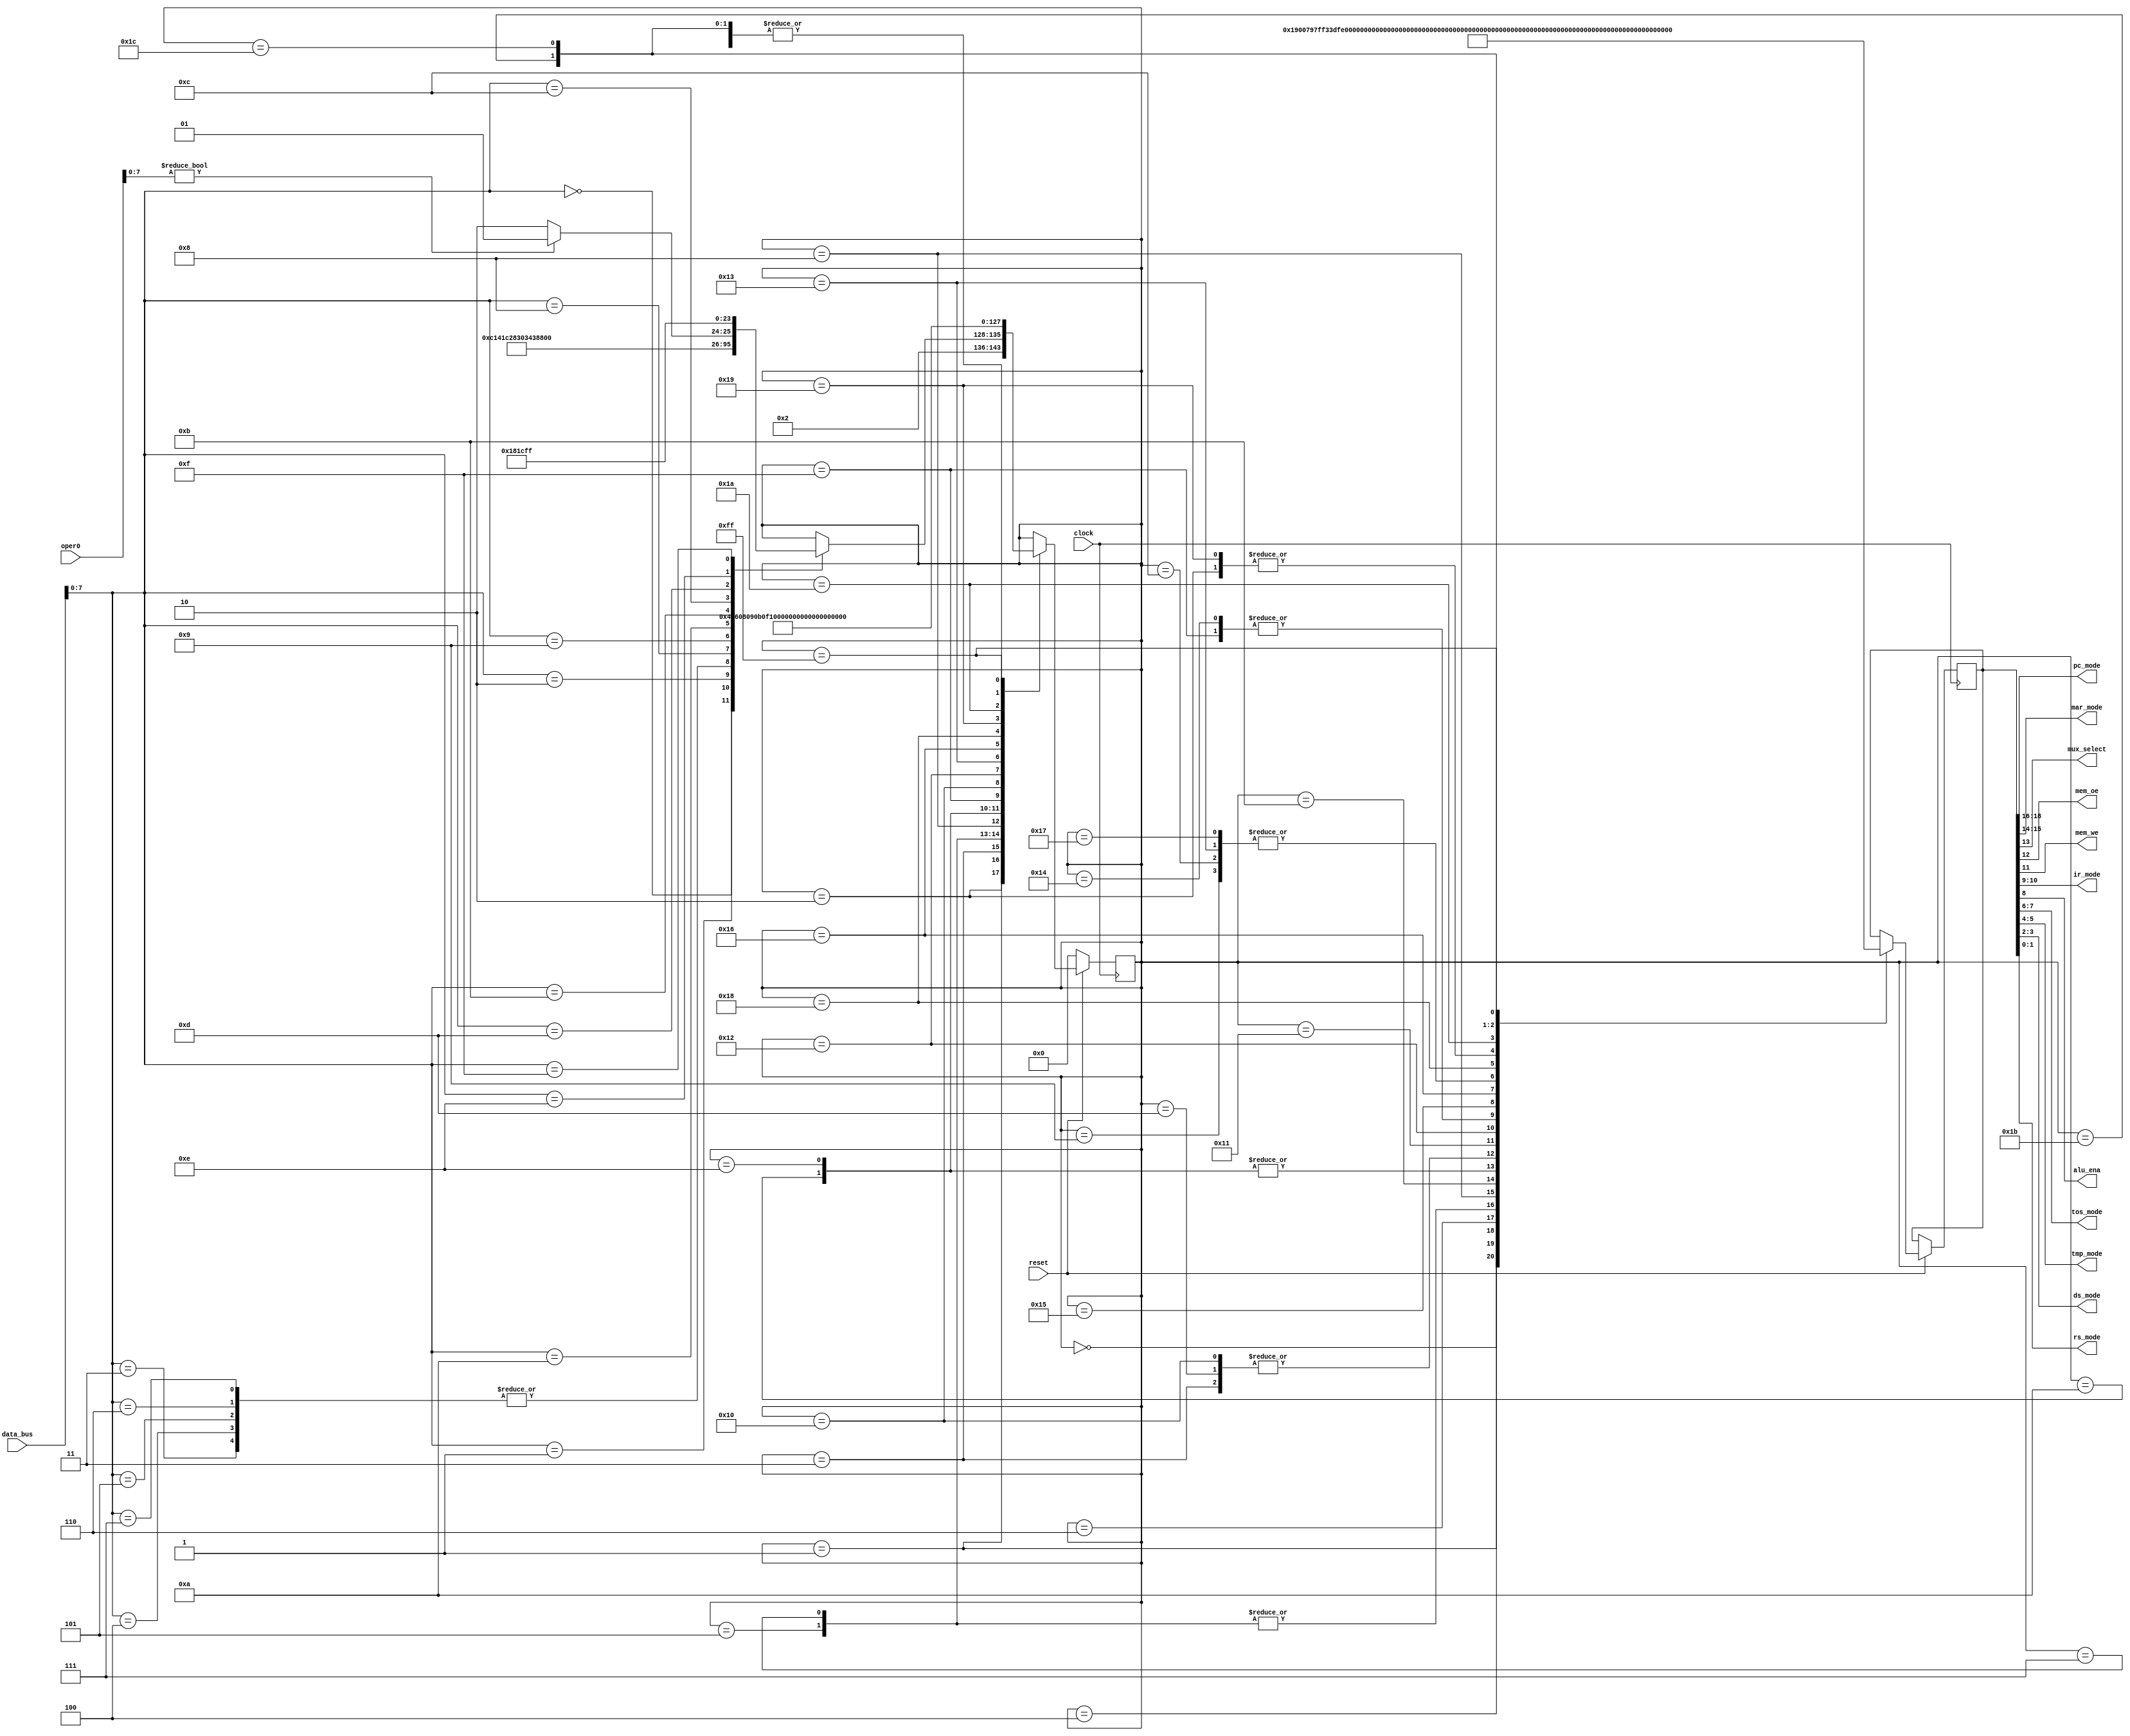
// Control Unit
// Control unit is a state limiting device (FSM) that generates signals to control modules. to work properly (see Fig.)
// At the rising edge of the clock signal, if reset = 0, resets the state of the FSM to its initial state, the opcode line.
// is dragged from IR because the FSM needs to know that the CPU is executing the instruction. (instruction) what to generate a signal
// correct control signal sent to control various modules It's on the right side of the control unit. It's not usually written.
// control unit into the data path because it will cause the wires to become tangled and unrecognizable.
//       
//                ---------------  3
//                |             |--/-> pc_mode 
// Clock Reset->  |             |  2
//      Reset->   |             |--/-> mar_mode 
//                |             |
//                |             |---> mux_select
//                |             |  2
//                |             |--/-> mem_oe, mem_we 
//                |             |  2
//           8    |             |--/-> ir_mode
//   opcode -/->  |             |--->  alu_ena
//                |             |  2
//                |             |--/-> tos_mode
//                |             |  2
//                |             |--/-> tmp_mode
//                |             |  2
//                |             |--/-> ds_mode
//                |             |  2
//                |             |--/-> rs_mode
//                ---------------  3
//
// Fig. Control unit of CPU stack
// In Verilog language, it is written as follows:

module control(clock, reset, data_bus, oper0, pc_mode, mar_mode, mux_select, mem_oe,
               mem_we, ir_mode, alu_ena, tos_mode, tmp_mode, ds_mode, rs_mode);

  input clock;
  input reset;
  input [31:0] data_bus;     // Modified to 32 bits
  input [31:0] oper0;        // Modified to 32 bits
  output [2:0] pc_mode;
  output [1:0] mar_mode;
  output mux_select;
  output mem_oe;
  output mem_we;
  output [1:0] ir_mode;
  output alu_ena;
  output [1:0] tos_mode;
  output [1:0] tmp_mode;
  output [1:0] ds_mode;
  output [1:0] rs_mode;

  reg [7:0] state;
  reg [18:0] cont;

  // Assigning to 32-bit wide output signals
  assign {pc_mode[2:0], mar_mode[1:0], mux_select, mem_oe, mem_we, ir_mode[1:0],
          alu_ena, tos_mode[1:0], tmp_mode[1:0], ds_mode[1:0], rs_mode[1:0]} = cont[18:0];

  always @(posedge clock) begin
    if (reset == 1'b0) begin
      state[7:0] = 8'b0000_0000;
    end else begin
      case (state[7:0])
        8'b0000_0000 : // reset
          begin
            cont[18:0] = 19'b000_00_0_1_1_00_1_00_00_00_00;
            state[7:0] = 8'b0000_0001;
          end
        8'b0000_0001 : // fetch
          begin
            cont[18:0] = 19'b011_11_0_0_1_01_1_11_11_11_11;
            state[7:0] = 8'b0000_0010;
          end
        8'b0000_0010 : // decode, pc = pc + 1
          begin
            cont[18:0] = 19'b100_11_0_1_1_11_1_11_11_11_11;
            case (data_bus[7:0]) // the number in parentheses is the number of clock cycles used
              8'b0000_0000 : state[7:0] = 8'b0000_0011; // LIT (2)
              8'b0000_0001 : state[7:0] = 8'b0000_0101; // LOAD (2)
              8'b0000_0010 : state[7:0] = 8'b0000_0111; // STORE (3)
              8'b0000_0011 : state[7:0] = 8'b0000_1010; // ADD (2)
              8'b0000_0100 : state[7:0] = 8'b0000_1010; // SUB (2)
              8'b0000_0101 : state[7:0] = 8'b0000_1010; // AND (2)
              8'b0000_0110 : state[7:0] = 8'b0000_1010; // OR (2)
              8'b0000_0111 : state[7:0] = 8'b0000_1010; // XOR (2)
              8'b0000_1000 : state[7:0] = 8'b0000_1100; // DROP (1)
              8'b0000_1001 : state[7:0] = 8'b0000_1101; // DUP (1)
              8'b0000_1010 : state[7:0] = 8'b0000_1110; // OVER (4)
              8'b0000_1011 : state[7:0] = 8'b0001_0010; // SWAP (3)
              8'b0000_1100 :
                begin
                  if (oper0[7:0] != 8'b0000_0000)
                    state[7:0] = 8'b0001_0101; // IF(1) branch not taken
                  else
                    state[7:0] = 8'b0001_0110; // IF(2) branch taken
                end
              8'b0000_1101 : state[7:0] = 8'b0001_1000; // CALL (4)
              8'b0000_1110 : state[7:0] = 8'b0001_1100; // EXIT (1)
              8'b0000_1111 : state[7:0] = 8'b1111_1111; // HALT
            endcase
          end
        8'b0000_0011 : // lit (1) : ds.push(tos)
          begin
            cont[18:0] = 19'b011_11_0_1_1_11_1_10_11_01_11;
            state[7:0] = 8'b0000_0100;
          end
        8'b0000_0100 : // lit (2) : tos = mem[pc], pc = pc + 1
          begin
            cont[18:0] = 19'b100_11_0_0_1_11_1_01_11_11_11;
            state[7:0] = 8'b0000_0001;
          end
        8'b0000_0101 : // load (1) : mar = tos
          begin
            cont[18:0] = 19'b011_01_0_1_1_11_1_10_11_11_11;
            state[7:0] = 8'b0000_0110;
          end
        8'b0000_0110 : // load (2) : tos = mem[mar]
          begin
            cont[18:0] = 19'b011_11_1_0_1_11_1_01_11_11_11;
            state[7:0] = 8'b0000_0001;
          end
        8'b0000_0111 : // store (1) : mar = tos
          begin
            cont[18:0] = 19'b011_01_0_1_1_11_1_10_11_11_11;
            state[7:0] = 8'b0000_1000;
          end
        8'b0000_1000 : // store (2) : data_bus = ds.pop()
          begin
            cont[18:0] = 19'b011_11_1_1_0_11_1_11_11_10_11;
            state[7:0] = 8'b0000_1001;
          end
        8'b0000_1001 : // store (3) : write, tos = ds.pop()
          begin
            cont[18:0] = 19'b011_11_0_1_1_11_1_01_11_10_11;
            state[7:0] = 8'b0000_0001;
          end
        8'b0000_1010 : // add, sub, and, or, xor (1) : tmp = ds.pop()
          begin
            cont[18:0] = 19'b011_11_0_1_1_11_1_11_01_10_11;
            state[7:0] = 8'b0000_1011;
          end
        8'b0000_1011 : // add, sub, and, or, xor (2) : tos = tos op tmp
          begin
            cont[18:0] = 19'b011_11_0_1_1_11_0_01_11_11_11;
            state[7:0] = 8'b0000_0001;
          end
        8'b0000_1100 : // drop (1) : tos = ds.pop()
          begin
            cont[18:0] = 19'b011_11_0_1_1_11_1_01_11_10_11;
            state[7:0] = 8'b0000_0001;
          end
        8'b0000_1101 : // dup (1) : ds.push(tos)
          begin
            cont[18:0] = 19'b011_11_0_1_1_11_1_10_11_01_11;
            state[7:0] = 8'b0000_0001;
          end
        8'b0000_1110 : // over (1) : tmp = ds.pop()
          begin
            cont[18:0] = 19'b011_11_0_1_1_11_1_11_01_10_11;
            state[7:0] = 8'b0000_1111;
          end
        8'b0000_1111 : // over (2) : ds.push(tmp)
          begin
            cont[18:0] = 19'b011_11_0_1_1_11_1_11_10_01_11;
            state[7:0] = 8'b0001_0000;
          end
        8'b0001_0000 : // over (3) : ds.push(tos)
          begin
            cont[18:0] = 19'b011_11_0_1_1_11_1_10_11_01_11;
            state[7:0] = 8'b0001_0001;
          end
        8'b0001_0001 : // over (4) : tos = tmp
          begin
            cont[18:0] = 19'b011_11_0_1_1_11_1_01_10_11_11;
            state[7:0] = 8'b0000_0001;
          end
        8'b0001_0010 : // swap (1) : tmp = tos
          begin
            cont[18:0] = 19'b011_11_0_1_1_11_1_10_01_11_11;
            state[7:0] = 8'b0001_0011;
          end
        8'b0001_0011 : // swap (2) : tos = ds.pop()
          begin
            cont[18:0] = 19'b011_11_0_1_1_11_1_01_11_10_11;
            state[7:0] = 8'b0001_0100;
          end
        8'b0001_0100 : // swap (3) : ds.push(tmp)
          begin
            cont[18:0] = 19'b011_11_0_1_1_11_1_11_10_01_11;
            state[7:0] = 8'b0000_0001;
          end
        8'b0001_0101 : // IF (not taken 1) : pc = pc + 1, tos = ds.pop()
          begin
            cont[18:0] = 19'b100_11_0_1_1_11_1_01_11_10_11;
            state[7:0] = 8'b0000_0001;
          end
        8'b0001_0110 : // IF (taken 1) : pc = mem[pc]
          begin
            cont[18:0] = 19'b001_11_0_0_1_11_1_11_11_11_11;
            state[7:0] = 8'b0001_0111;
          end
        8'b0001_0111 : // IF (taken 2) : tos = ds.pop()
          begin
            cont[18:0] = 19'b011_11_0_1_1_11_1_01_11_10_11;
            state[7:0] = 8'b0000_0001;
          end
        8'b0001_1000 : // CALL (1) : mar = pc
          begin
            cont[18:0] = 19'b010_01_0_1_1_11_1_11_11_11_11;
            state[7:0] = 8'b0001_1001;
          end
        8'b0001_1001 : // CALL (2) : pc = pc + 1
          begin
            cont[18:0] = 19'b100_11_0_1_1_11_1_11_11_11_11;
            state[7:0] = 8'b0001_1010;
          end
        8'b0001_1010 : // CALL (3) : rs.push(pc)
          begin
            cont[18:0] = 19'b010_11_0_1_1_11_1_11_11_11_01;
            state[7:0] = 8'b0001_1011;
          end
        8'b0001_1011 : // CALL (4) : pc = mem[mar]
          begin
            cont[18:0] = 19'b001_11_1_0_1_11_1_11_11_11_11;
            state[7:0] = 8'b0000_0001;
          end
        8'b0001_1100 : // EXIT (1) : pc = rs.pop()
          begin
            cont[18:0] = 19'b001_11_0_1_1_11_1_11_11_11_10;
            state[7:0] = 8'b0000_0001;
          end
        8'b1111_1111 : // halt
          begin
            cont[18:0] = 19'b011_11_0_1_1_11_1_11_11_11_11;
            state[7:0] = 8'b1111_1111;
          end
      endcase
    end
  end
endmodule